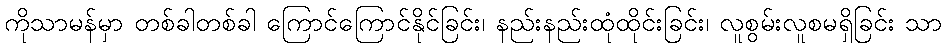
ကိုသာမန်မှာ တစ်ခါတစ်ခါ ကြောင်ကြောင်နိုင်ခြင်း၊ နည်းနည်းထုံထိုင်းခြင်း၊ လူစွမ်းလူစမရှိခြင်း သာ